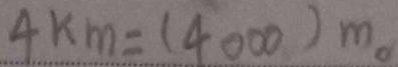
4 k m = ( 4 0 0 0 ) m 。